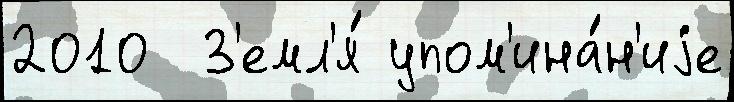
2010  З'емл'я́ упом'ина́н'иjе